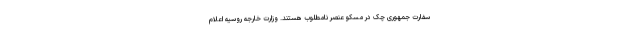
سفارت جمهوری چک در مسکو عنصر نامطلوب هستند. وزارت خارجه روسیه اعلام